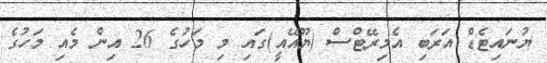
ޔުނައިޓެޑް އަރަބި އެމިރޭޓްސް (ޔޫއޭއީ)ގައި މި މަހުގެ 26 އިން މެއި މަހުގެ